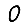
Digit: 0